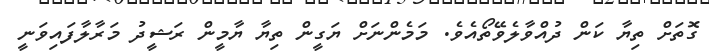
ގޮތަށް ތިޔާ ކަން ދުއްވާލެވޭތޯއެވެ. މަމެންނަށް ޔަގީން ތިޔާ ޔާމީން ރަޝީދު މަރާލާފައިވަނީ